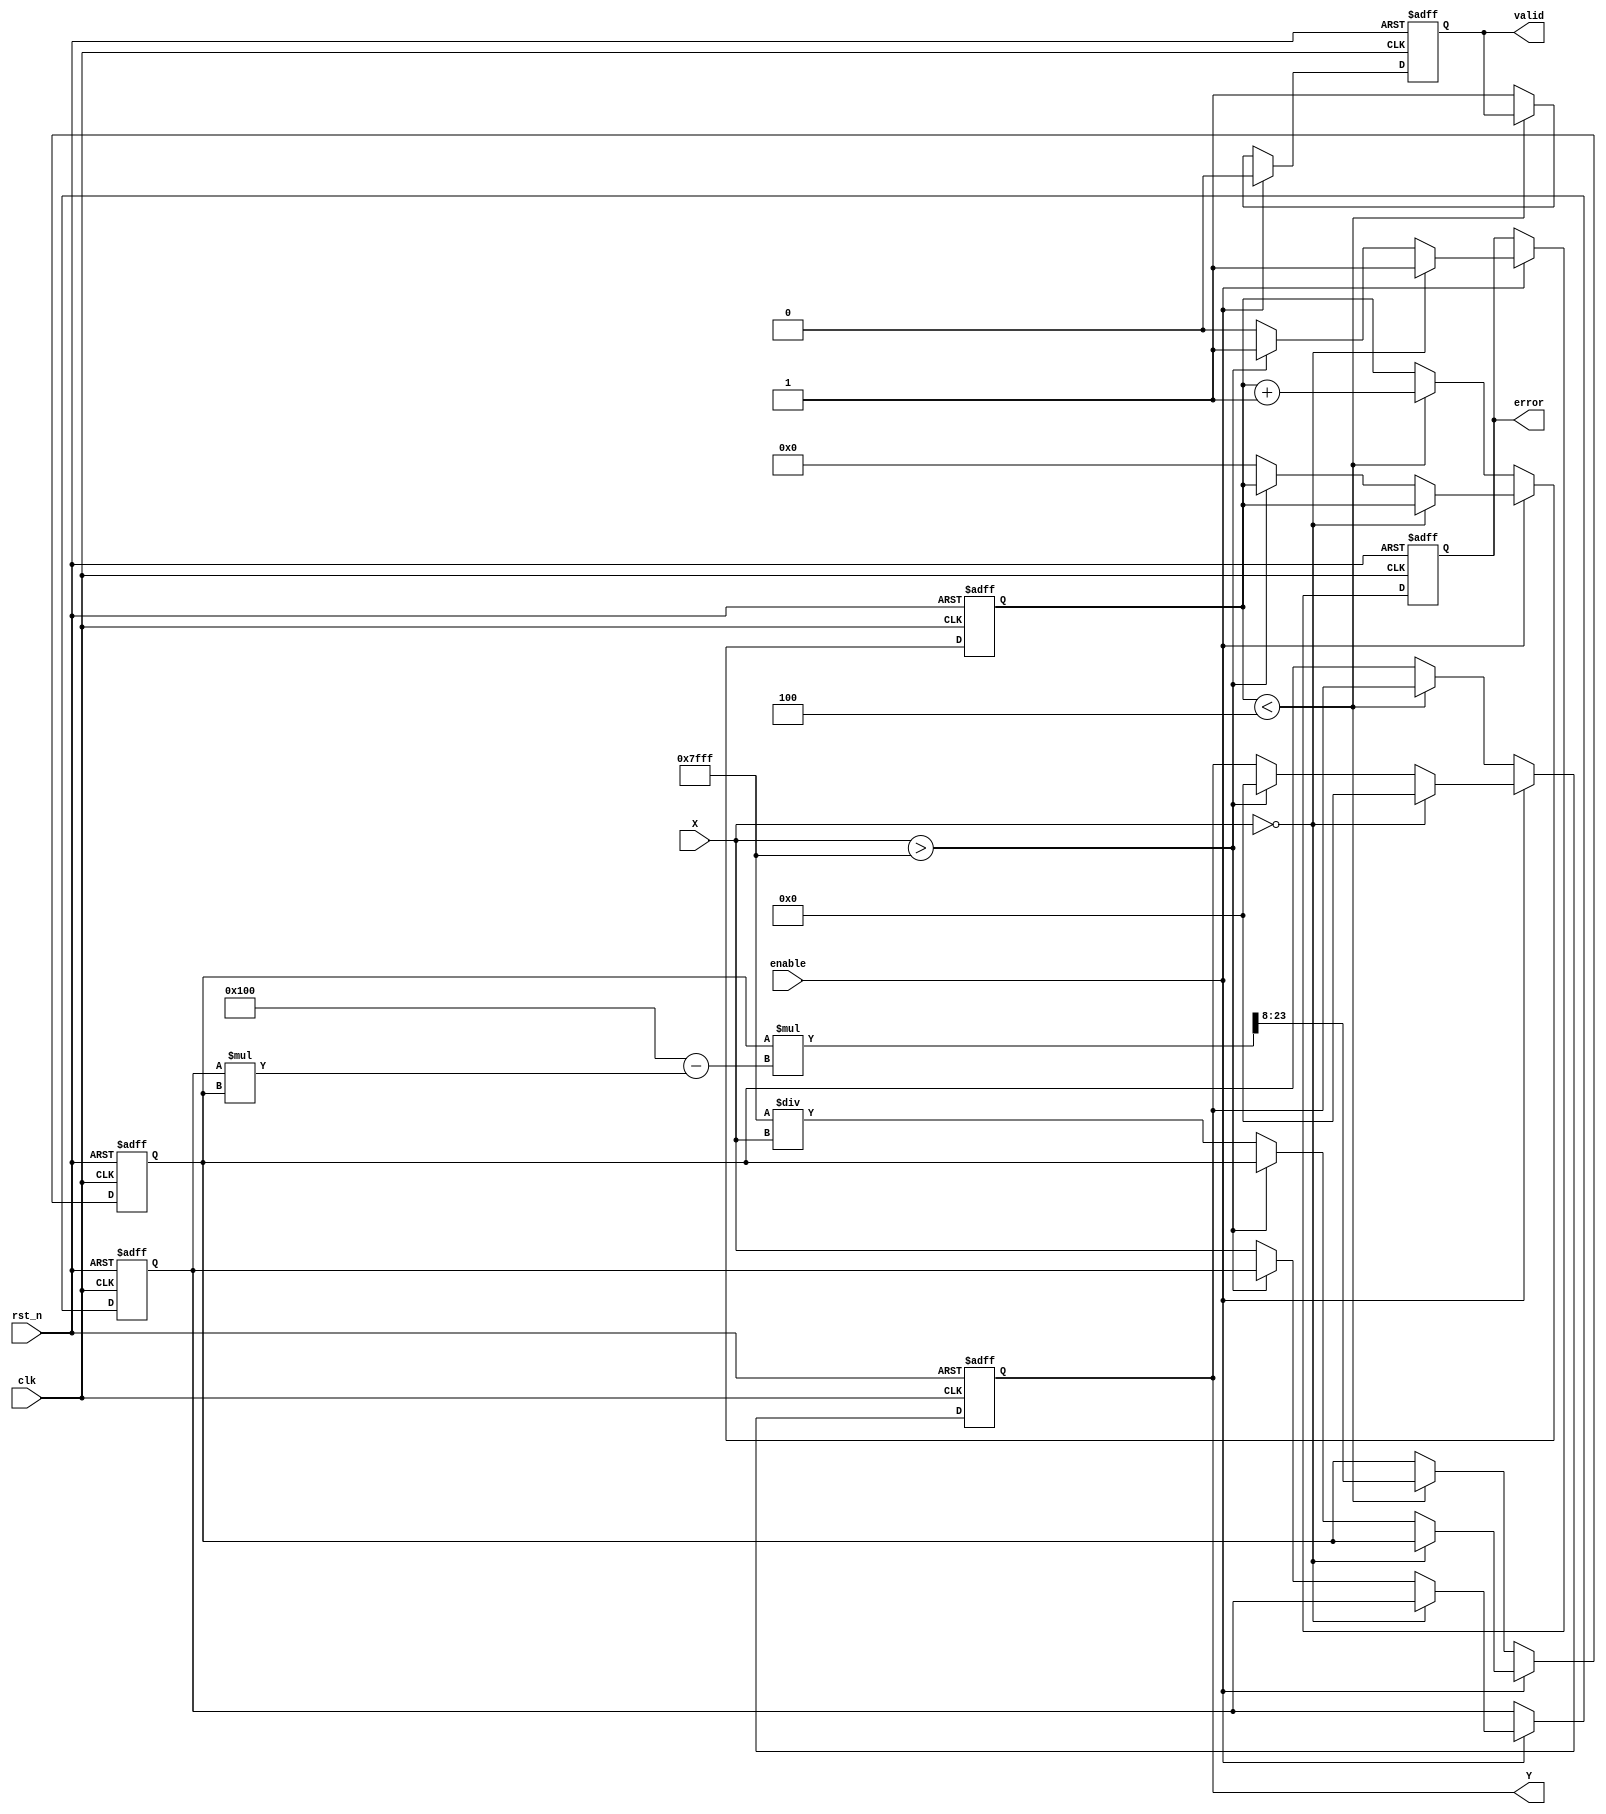
module FixedPointReciprocal #(
    parameter M = 8, // Number of integer bits
    parameter N = 8, // Number of fractional bits
    parameter ITERATIONS = 4 // Number of iterations for Newton-Raphson
)(
    input wire clk,
    input wire rst_n,
    input wire enable,
    input wire [M+N-1:0] X, // Input fixed-point number
    output reg [M+N-1:0] Y, // Output fixed-point reciprocal
    output reg valid, // Output valid signal
    output reg error // Error signal for invalid input
);

    // Internal registers
    reg [M+N-1:0] x_reg;
    reg [M+N-1:0] approx; // Current approximation of the reciprocal
    reg [3:0] count; // Iteration counter

    // Constants
    localparam [M+N-1:0] MAX_VALUE = {1'b0, {M+N-1{1'b1}}}; // Maximum representable value
    localparam [M+N-1:0] ZERO = {M{1'b0}}; // Zero value

    // State machine for reciprocal calculation
    always @(posedge clk or negedge rst_n) begin
        if (!rst_n) begin
            Y <= 0;
            valid <= 0;
            error <= 0;
            count <= 0;
            approx <= 0;
            x_reg <= 0;
        end else if (enable) begin
            if (X == ZERO) begin
                error <= 1; // Error for zero input
                valid <= 0;
                Y <= 0;
            end else if (X > MAX_VALUE) begin
                error <= 1; // Error for out of range input
                valid <= 0;
                Y <= 0;
            end else begin
                error <= 0; // No error
                valid <= 0;
                x_reg <= X;
                approx <= {1'b0, {M+N-1{1'b1}}} / X; // Initial approximation (1/X)
                count <= 0;
            end
        end else if (count < ITERATIONS) begin
            approx <= approx * (2**N - x_reg * approx) >> N; // Newton-Raphson iteration
            count <= count + 1;
        end else begin
            Y <= approx; // Final output
            valid <= 1; // Output is valid
        end
    end

endmodule